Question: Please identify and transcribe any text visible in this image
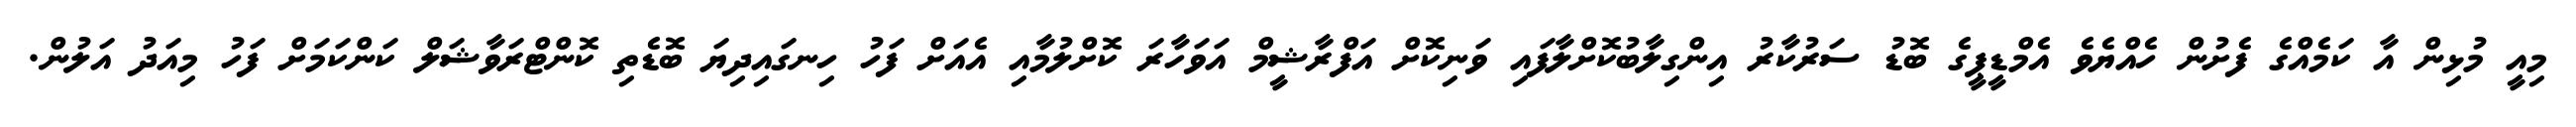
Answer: މިއީ މުޅިން އާ ކަމެއްގެ ފެށުން ހެއްޔެވެ އެމްޑީޕީގެ ބޮޑު ސަރުކާރު އިންގިލާބުކޮށްލާފައި ވަނިކޮށް އަފްރާޝީމް އަވަހާރަ ކޮށްލުމާއި އެއަށް ފަހު ހިނގައިދިޔަ ބޮޑެތި ކޮންޓްރަވާޝަލް ކަންކަމަށް ފަހު މިއަދު އަލުން.